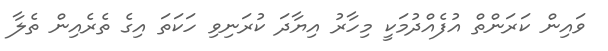
ވައިން ކަރަންތް އުފެއްދުމަކީ މިހާރު އިޔާދަ ކުރަނިވި ހަކަތަ އިގެ ތެރެއިން ތެލާ